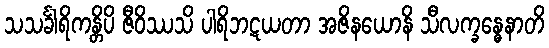
သသင်္ခါရိကန္တိပိ ဇီဝိဿသိ ပါရိဘဋယတာ အဇိနယောနိ သီလက္ခန္ဓေနာတိ